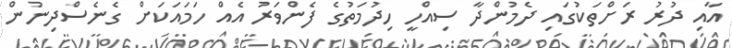
އާއި ދުރު ރަށްތަކުގައި ދެމުންދާ ސިއްހީ ހިދުމަތުގެ ފެންވަރު އެއް ހަމައަކަށް ގެނެސްދިނުން